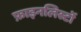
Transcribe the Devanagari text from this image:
फ़ाइनलिस्टों